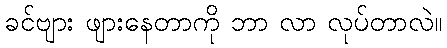
ခင်ဗျား ဖျားနေတာကို ဘာ လာ လုပ်တာလဲ။